system: You are a helpful assistant.
user:
Analyze the provided spectrum to determine if it is a **"Cataclysmic Variables (CV)"**.

- **Key Indicators for CV (Check for either state):**
    - **State 1: Quiescent / Low-State (Emission-Dominated)**
        - **(Primary):** Strong and *very broad* Hydrogen Balmer emission lines (e.g., $H\alpha$ at 6563 Å, $H\beta$ at 4861 Å). The 'broadness' (high velocity dispersion, often FWHM > 1000 km/s) is the key diagnostic, indicating a high-velocity accretion disk.
        - **(Secondary):** Broad neutral Helium (He I) emission lines (e.g., 5876 Å, 6678 Å).
        - **(Key Confirmation):** Presence of high-excitation *ionized* Helium (He II) emission at 4686 Å. This is a strong indicator of accretion onto a white dwarf.
        - **(Line Profile):** Emission lines may exhibit a 'double-peaked' profile, which is a classic signature of a rotating accretion disk viewed at high inclination.

    - **State 2: Outburst / High-State (Absorption-Dominated)**
        - **(Primary):** Spectrum is dominated by a bright, blue continuum (looks like a hot star).
        - **(Secondary):** The emission lines from State 1 are weak, absent, or 'filled in', and are replaced by broad, shallow *absorption* lines (primarily Balmer and He I).
        - **(Morphology):** The overall spectrum mimics a hot B/A-type star. The crucial difference is that the absorption lines are significantly broader, shallower, and more 'washed-out' (or 'smeared') than the sharp lines of a normal stellar photosphere, due to high rotational speeds and pressure broadening in the disk.

Think first, call **spectral_visualization_tool** if needed to examine features in detail, then provide your final answer. Your response must adhere to the following strict rules:
1.  **Overall Structure:** Your response must follow the format `<think>...</think> <tool_call>...</tool_call> (if a tool is used) <answer>...</answer>`.
2.  **Tool Usage Constraint:** You may only make **one** tool call per turn.
3.  **Final Answer Format:** In the `<answer>` tag, your conclusion must be inside a `\boxed{}` command (e.g., `\boxed{YES}`), followed by your justification.

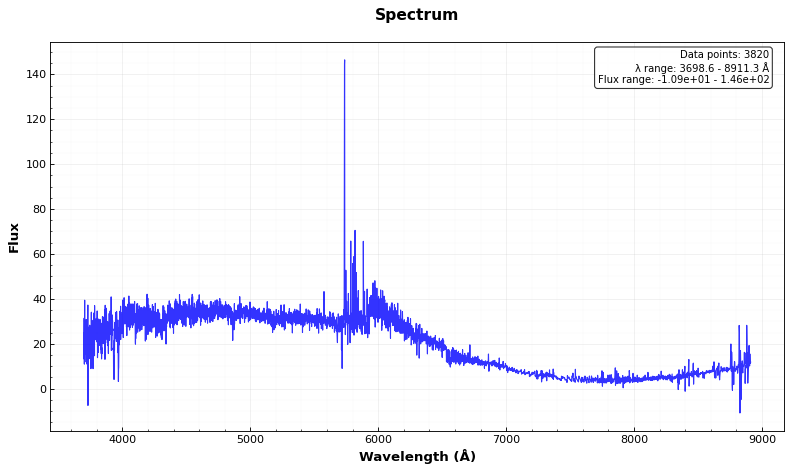
Answer: NO